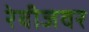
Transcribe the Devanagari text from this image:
रेबीजवर